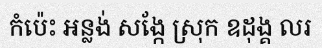
កំប៉េះ អន្លង់ សង្កែ ស្រុក ឧដុង្គ លរ